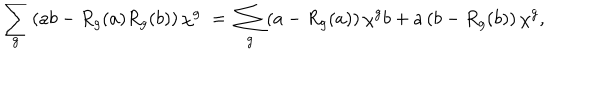
\sum _ { g } \left( a b - R _ { g } ( a ) R _ { g } ( b ) \right) \chi ^ { g } \; = \; \sum _ { g } \left( a - R _ { g } ( a ) \right) \chi ^ { g } b + a \left( b - R _ { g } ( b ) \right) \chi ^ { g } ,